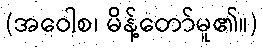
(အဝေါစ၊ မိန့်တော်မူ၏။)